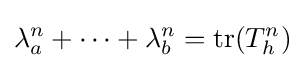
\lambda _{a}^{n}+\dots +\lambda _{b}^{n}=\mathrm {tr} (T_{h}^{n})